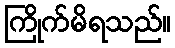
ကြိုက်မိရသည်။